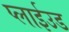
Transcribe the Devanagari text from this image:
प्लाईउड